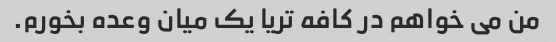
من می خواهم در کافه تریا یک میان وعده بخورم.